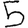
Digit: 5